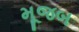
મૂજબ